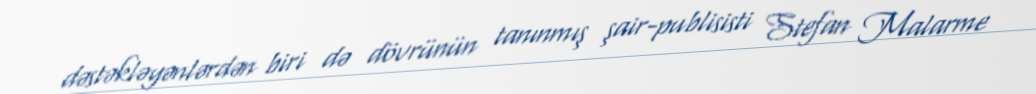
dəstəkləyənlərdən biri də dövrünün tanınmış şair-publisisti Stefan Malarme